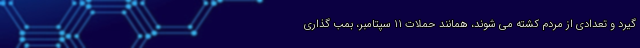
گیرد و تعدادی از مردم کشته می شوند، همانند حملات 11 سپتامبر، بمب گذاری